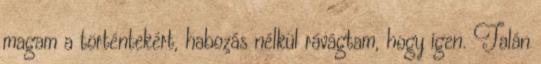
magam a történtekért, habozás nélkül rávágtam, hogy igen. Talán